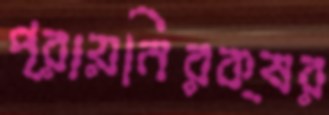
প্রায়নিরক্ষর